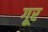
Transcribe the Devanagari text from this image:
गूर